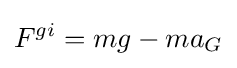
F_{}^{gi}=mg-ma_{G}